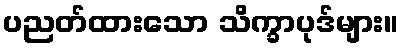
ပညတ်ထားသော သိက္ခာပုဒ်များ။